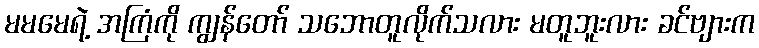
မမမေရဲ့ အကြံကို ကျွန်တော် သဘောတူလိုက်သလား မတူဘူးလား ခင်ဗျားက